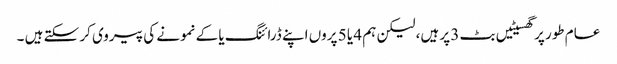
عام طور پر گھسیٹیں بٹ 3 پر ہیں، لیکن ہم 4 یا 5 پروں اپنے ڈرائنگ یا کے نمونے کی پیروی کر سکتے ہیں ۔